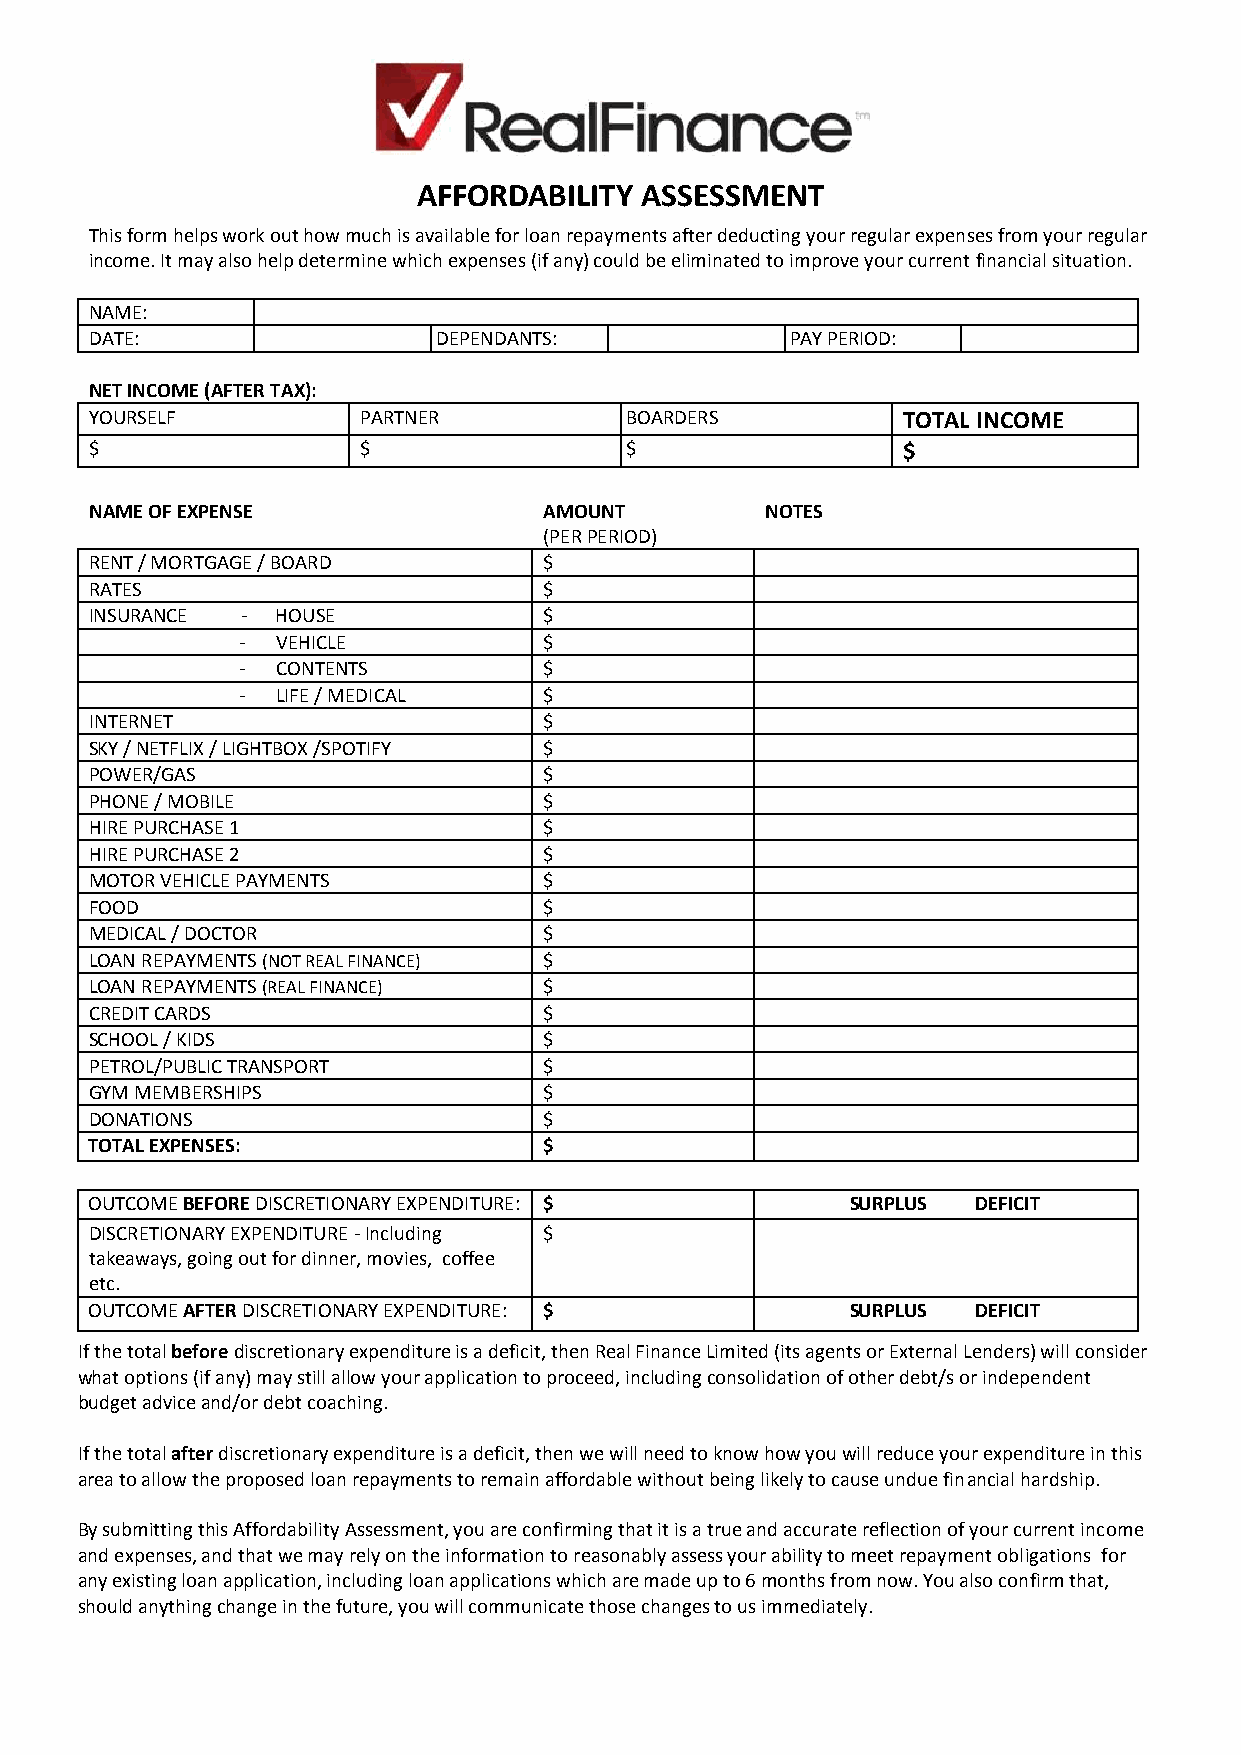
AFFORDABILITY ASSESSMENT
 This form helps work out how much is available for loan repayments after deducting your regular expenses from your regular
 income. It may also help determine which expenses (if any) could be eliminated to improve your current financial situation.
 NAME:
 DATE:                  DEPENDANTS:            PAY PERIOD:
 NET INCOME (AFTER TAX):
 YOURSELF          PARTNER          BOARDERS           TOTAL INCOME
 $                 $                $                  $
 NAME OF EXPENSE               AMOUNT         NOTES
 (PER PERIOD)
 RENT / MORTGAGE / BOARD       $
 RATES                         $
 INSURANCE - HOUSE             $
 - VEHICLE           $
 - CONTENTS          $
 - LIFE / MEDICAL    $
 INTERNET                      $
 SKY / NETFLIX / LIGHTBOX /SPOTIFY $
 POWER/GAS                     $
 PHONE / MOBILE                $
 HIRE PURCHASE 1               $
 HIRE PURCHASE 2               $
 MOTOR VEHICLE PAYMENTS        $
 FOOD                          $
 MEDICAL / DOCTOR              $
 LOAN REPAYMENTS (NOT REAL FINANCE) $
 LOAN REPAYMENTS (REAL FINANCE) $
 CREDIT CARDS                  $
 SCHOOL / KIDS                 $
 PETROL/PUBLIC TRANSPORT       $
 GYM MEMBERSHIPS               $
 DONATIONS                     $
 TOTAL EXPENSES:               $
 OUTCOME BEFORE DISCRETIONARY EXPENDITURE: $       SURPLUS  DEFICIT
 DISCRETIONARY EXPENDITURE - Including $
 takeaways, going out for dinner, movies, coffee
 etc.
 OUTCOME AFTER DISCRETIONARY EXPENDITURE: $        SURPLUS  DEFICIT
 If the total before discretionary expenditure is a deficit, then Real Finance Limited (its agents or External Lenders) will consider
 what options (if any) may still allow your application to proceed, including consolidation of other debt/s or independent
 budget advice and/or debt coaching.
 If the total after discretionary expenditure is a deficit, then we will need to know how you will reduce your expenditure in this
 area to allow the proposed loan repayments to remain affordable without being likely to cause undue financial hardship.
 By submitting this Affordability Assessment, you are confirming that it is a true and accurate reflection of your current income
 and expenses, and that we may rely on the information to reasonably assess your ability to meet repayment obligations for
 any existing loan application, including loan applications which are made up to 6 months from now. You also confirm that,
 should anything change in the future, you will communicate those changes to us immediately.